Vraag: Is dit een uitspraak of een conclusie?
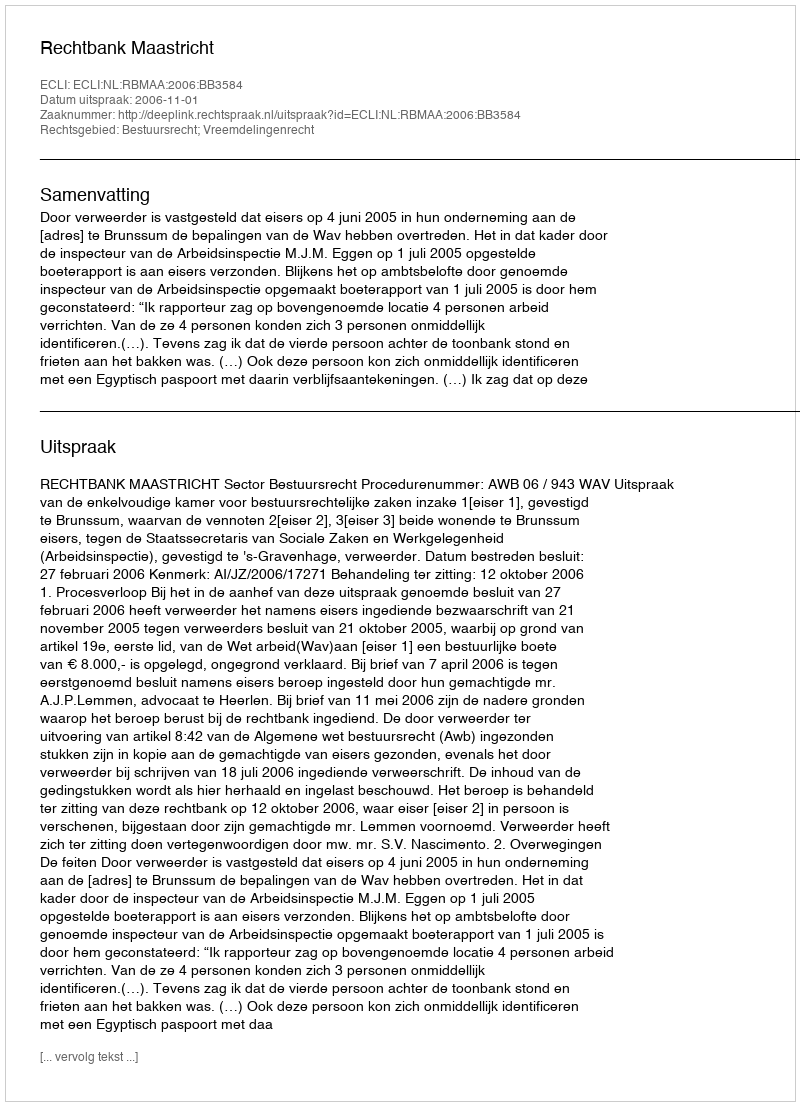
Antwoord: Uitspraak